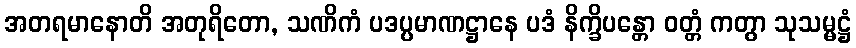
အတရမာနောတိ အတုရိတော, သဏိကံ ပဒပ္ပမာဏဋ္ဌာနေ ပဒံ နိက္ခိပန္တော ဝတ္တံ ကတွာ သုသမ္မဋ္ဌံ